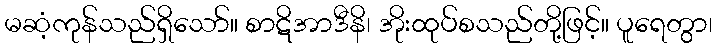
မဆံ့ကုန်သည်ရှိသော်။ စာဋိအာဒီနိ၊ အိုးထုပ်စသည်တို့ဖြင့်။ ပူရေတွာ၊